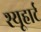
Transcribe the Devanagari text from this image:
श्यूहार्ट